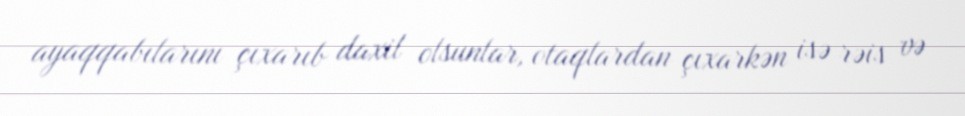
ayaqqabılarını çıxarıb daxil olsunlar, otaqlardan çıxarkən isə rəis və